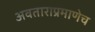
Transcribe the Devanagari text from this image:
अवताराप्रमाणेच